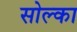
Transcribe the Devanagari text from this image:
सोल्का